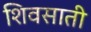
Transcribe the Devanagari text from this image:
शिवसाती